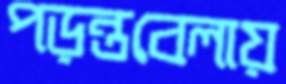
পড়ন্তবেলায়